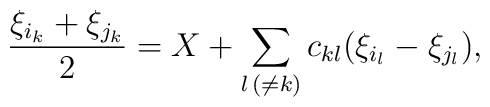
\frac{\xi_{i_k} + \xi_{j_k}}{2} = X + \sum_{l \, (\neq k)} c_{k l} (\xi_{i_l} - \xi_{j_l}) ,